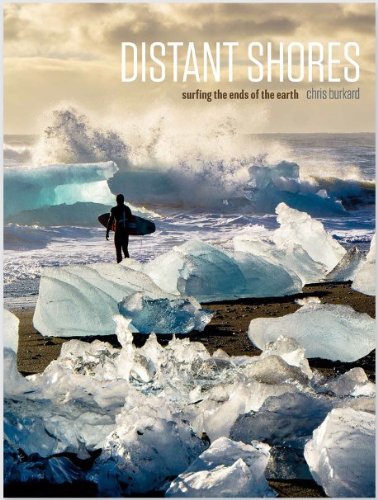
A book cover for Distant Shores: Surfing The Ends Of The Earth; Chris Burkard; Arts & Photography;